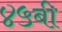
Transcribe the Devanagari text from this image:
४५बी